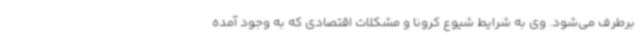
برطرف می‌شود. وی به شرایط شیوع کرونا و مشکلات اقتصادی که به وجود آمده